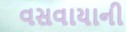
વસવાયાની